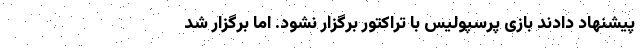
پیشنهاد دادند بازی پرسپولیس با تراکتور برگزار نشود. اما برگزار شد